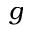
g